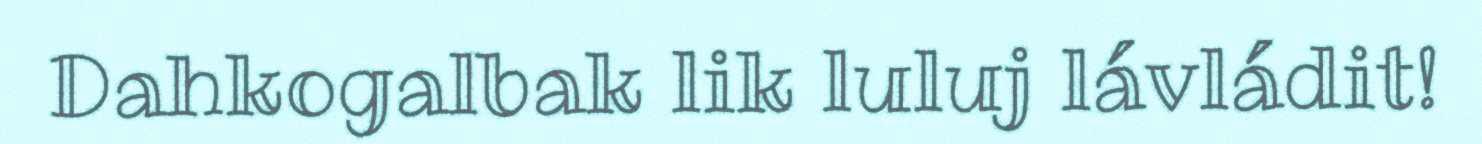
Dahkogalbak lik luluj lávládit!